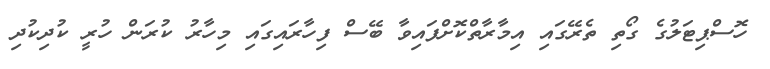
ހޮސްޕިޓަލުގެ ގޯތި ތެރޭގައި އިމާރާތްކޮށްފައިވާ ބޭސް ފިހާރައިގައި މިހާރު ކުރަން ހުރީ ކުދިކުދި